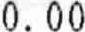
0.00